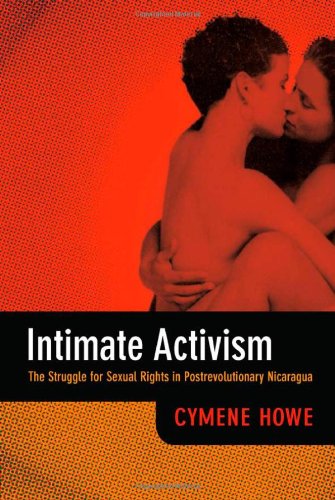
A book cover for Intimate Activism: The Struggle for Sexual Rights in Postrevolutionary Nicaragua; Cymene Howe; Gay & Lesbian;